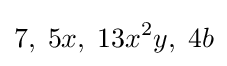
7,\;5x,\;13x^{2}y,\;4b